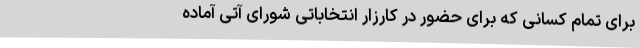
برای تمام کسانی که برای حضور در کارزار انتخاباتی شورای آتی آماده